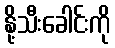
နို့သီးခေါင်းကို